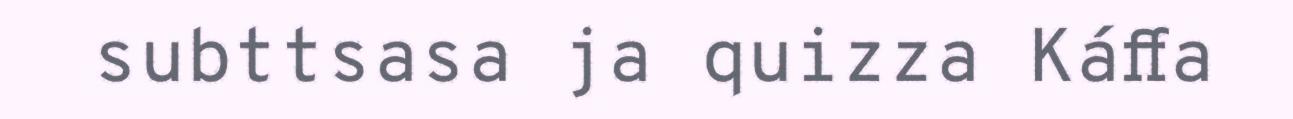
subttsasa ja quizza Káffa